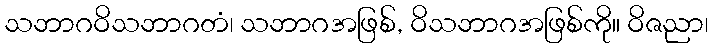
သဘာဂဝိသဘာဂတံ၊ သဘာဂအဖြစ်, ဝိသဘာဂအဖြစ်ကို။ ဝိဇညာ၊